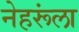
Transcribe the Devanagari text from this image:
नेहरूंला